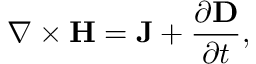
\nabla \times { \bf H } = { \bf J } + \frac { \partial { \bf D } } { \partial t } ,